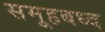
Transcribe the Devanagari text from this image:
समूहबध्द